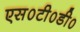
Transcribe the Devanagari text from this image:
एस०टी०डी०